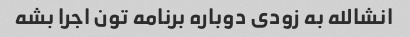
انشالله به زودی دوباره برنامه تون اجرا بشه